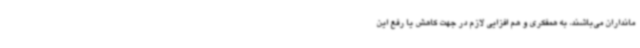
مانداران می‌باشند، به همفکری و هم افزایی لازم در جهت کاهش یا رفع این